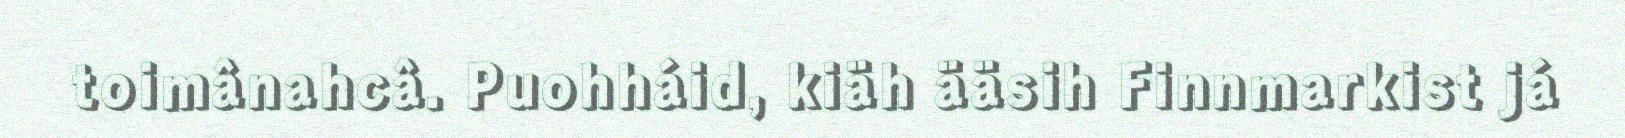
toimânahcâ. Puohháid, kiäh ääsih Finnmarkist já